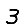
Digit: 3